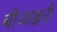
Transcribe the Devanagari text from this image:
बीजाक्षरी